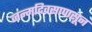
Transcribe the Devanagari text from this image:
जन्मदिवसापासून